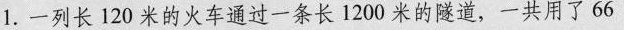
1. 一列长120米的火车通过一条长1200米的隧道，一共用了66